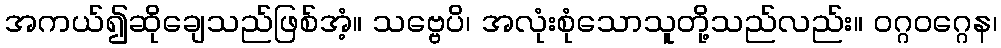
အကယ်၍ဆိုချေသည်ဖြစ်အံ့။ သဗ္ဗေပိ၊ အလုံးစုံသောသူတို့သည်လည်း။ ဝဂ္ဂဝဂ္ဂေန၊